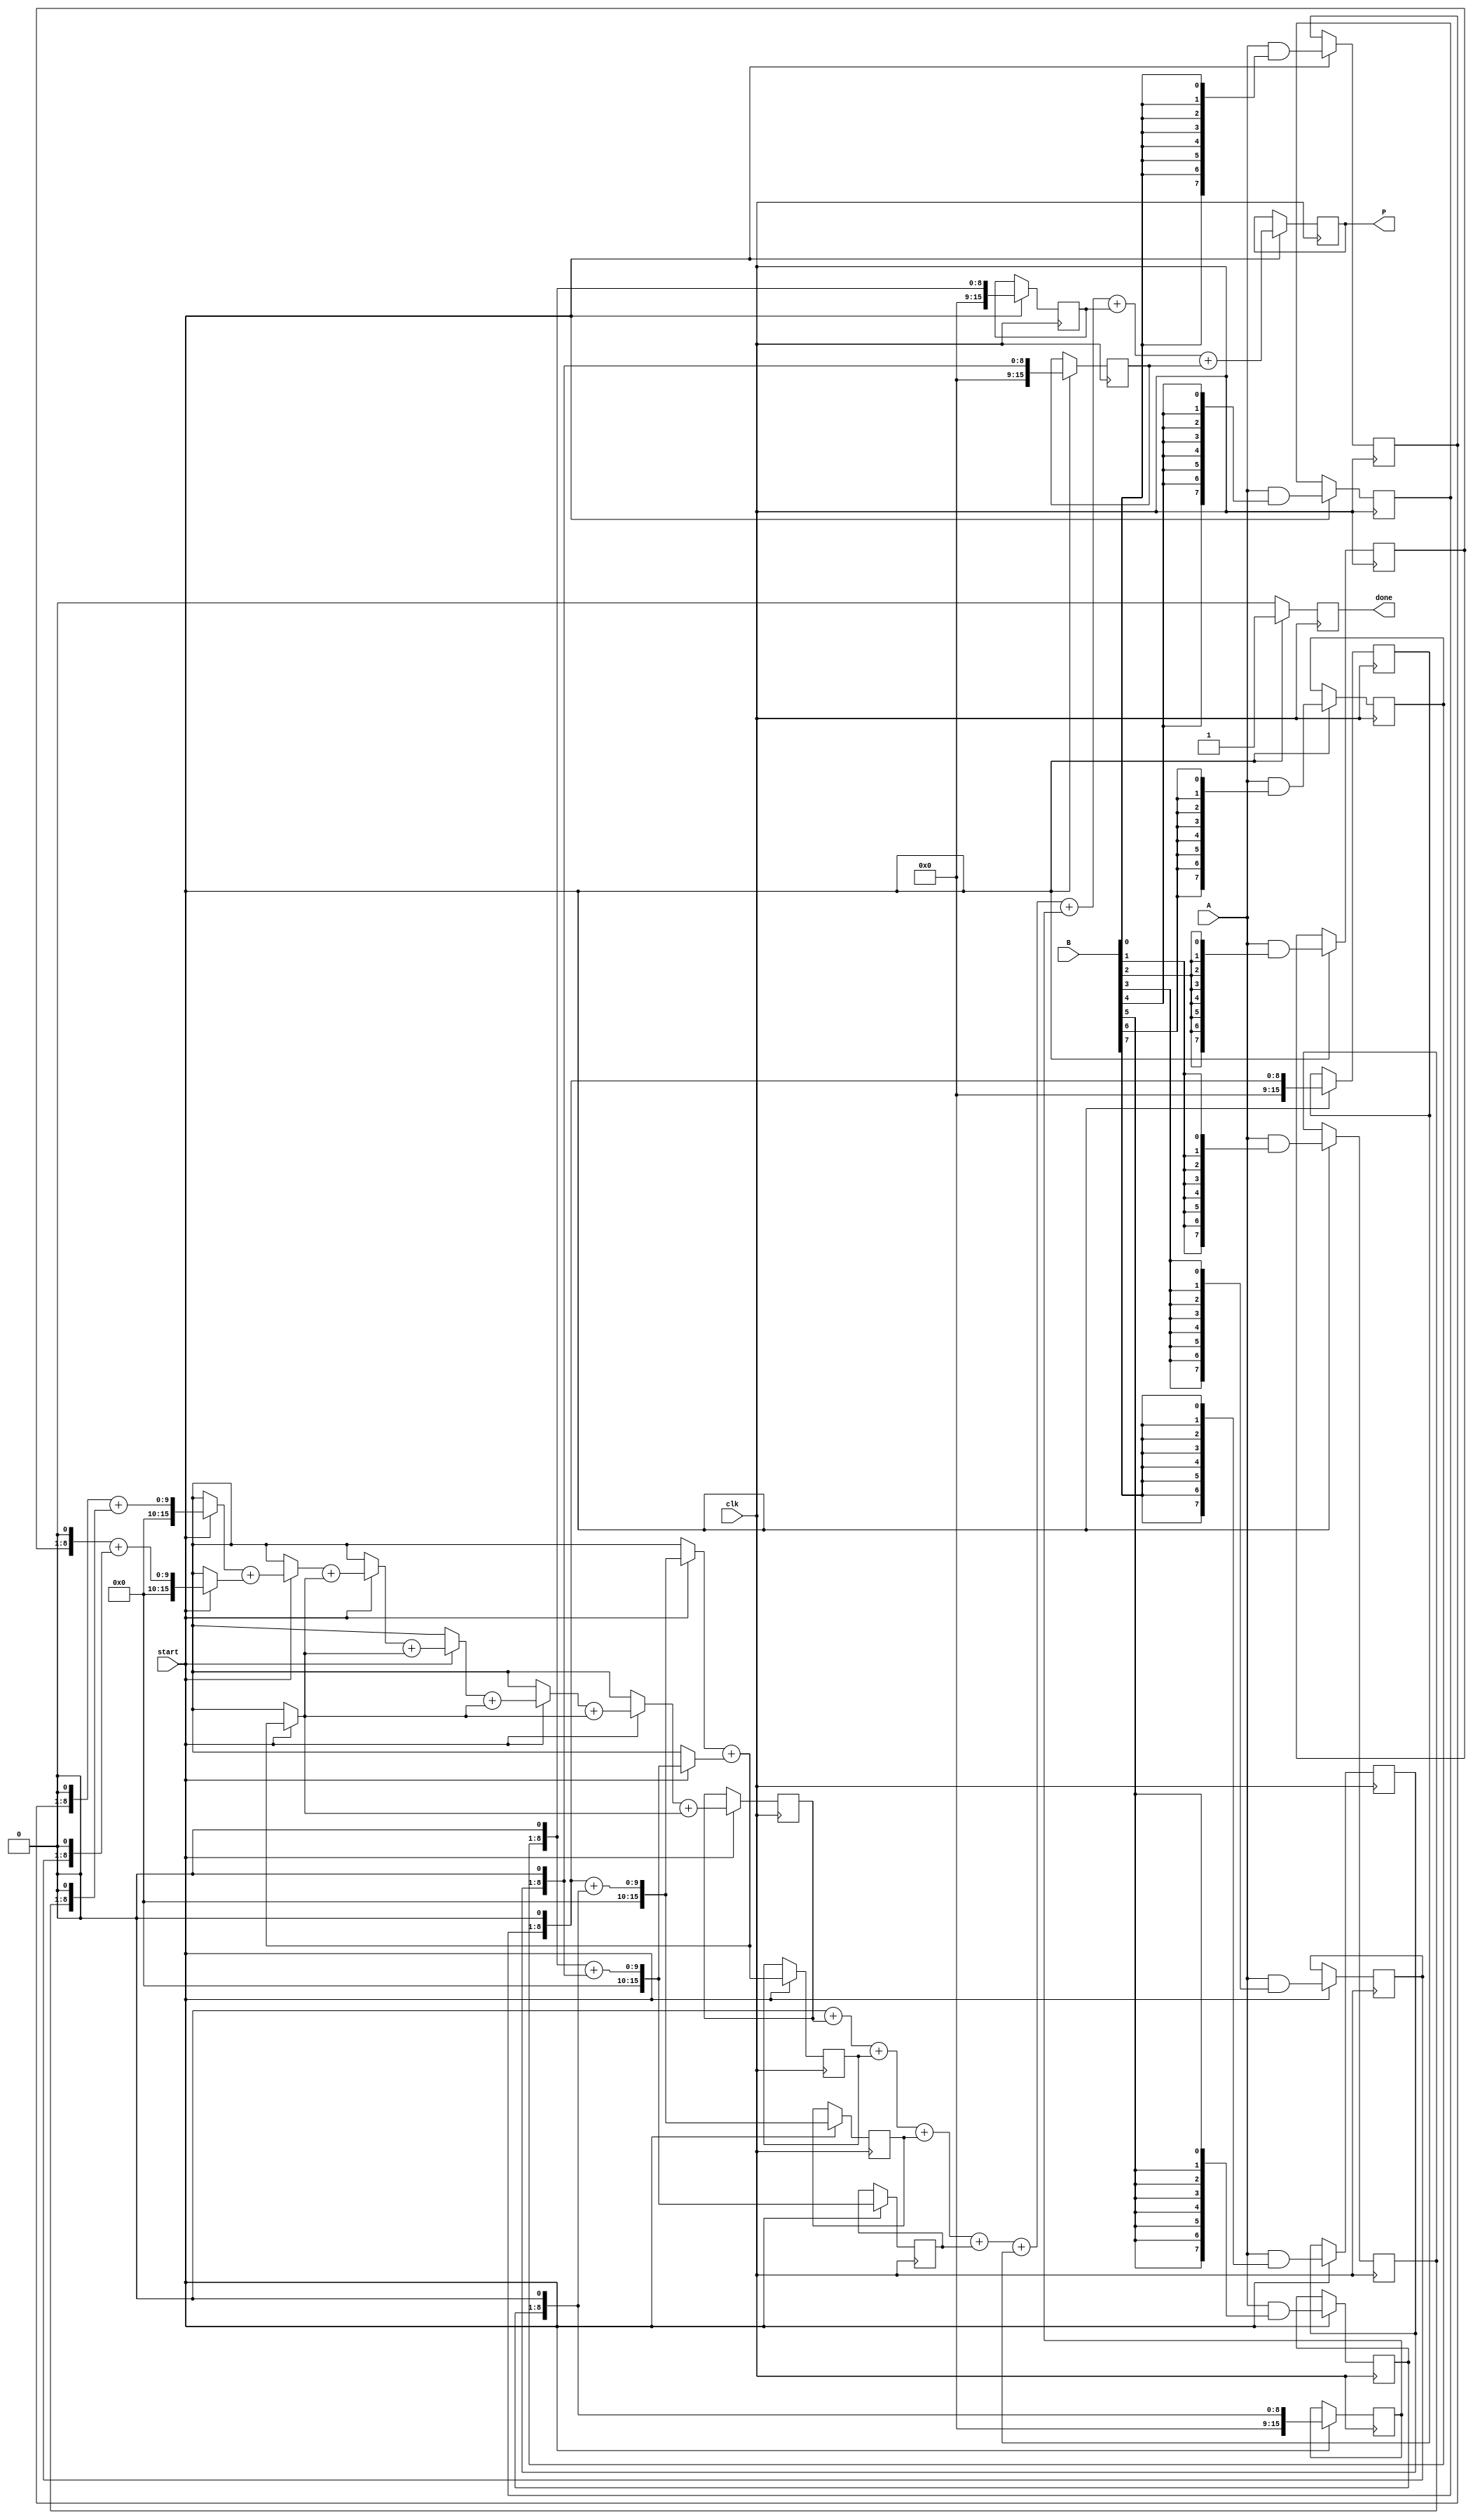
module wallace_tree_multiplier #(parameter N = 8) (
    input  wire [N-1:0] A,      // Multiplicand
    input  wire [N-1:0] B,      // Multiplier
    input  wire clk,             // Clock signal
    input  wire start,           // Start signal
    output reg [2*N-1:0] P,      // Product output
    output reg done              // Done signal
);

    reg [N-1:0] partial_products [0:N-1]; // Partial products
    reg [2*N-1:0] sum [0:N-1];            // Sums at each stage
    reg [N-1:0] carry [0:N-1];            // Carries at each stage
    integer i, j;

    // Generate partial products
    always @(posedge clk) begin
        if (start) begin
            for (i = 0; i < N; i = i + 1) begin
                partial_products[i] = A & {N{B[i]}};
            end
        end
    end

    // Wallace tree reduction
    always @(posedge clk) begin
        if (start) begin
            // Initialize sums and carries
            for (i = 0; i < N; i = i + 1) begin
                sum[i] = {partial_products[i], 1'b0}; // Shift left for alignment
                carry[i] = 0;
            end

            // Combine partial products using Wallace tree structure
            for (i = 0; i < N-1; i = i + 1) begin
                for (j = 0; j < (N + 1) / 2; j = j + 1) begin
                    if (2*j < N) begin
                        {carry[j], sum[j]} = sum[2*j] + sum[2*j + 1];
                    end
                end
            end
        end
    end

    // Final addition stage
    always @(posedge clk) begin
        if (start) begin
            P = 0;
            for (i = 0; i < N; i = i + 1) begin
                P = P + sum[i];
            end
            done <= 1; // Indicate multiplication is done
        end else begin
            done <= 0;
        end
    end

endmodule